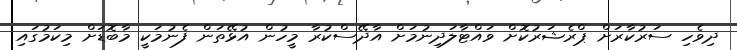
ދިވެހި ސަރުކާރަށް ޕްރެޝަރުކޮށް ވައްޓާލަދިނުމަށް އާދޭސްކުރާ މީހުން އުޅޭތަން ފެނުމަކީ މާބޮޑަށް މިކަމުގައި